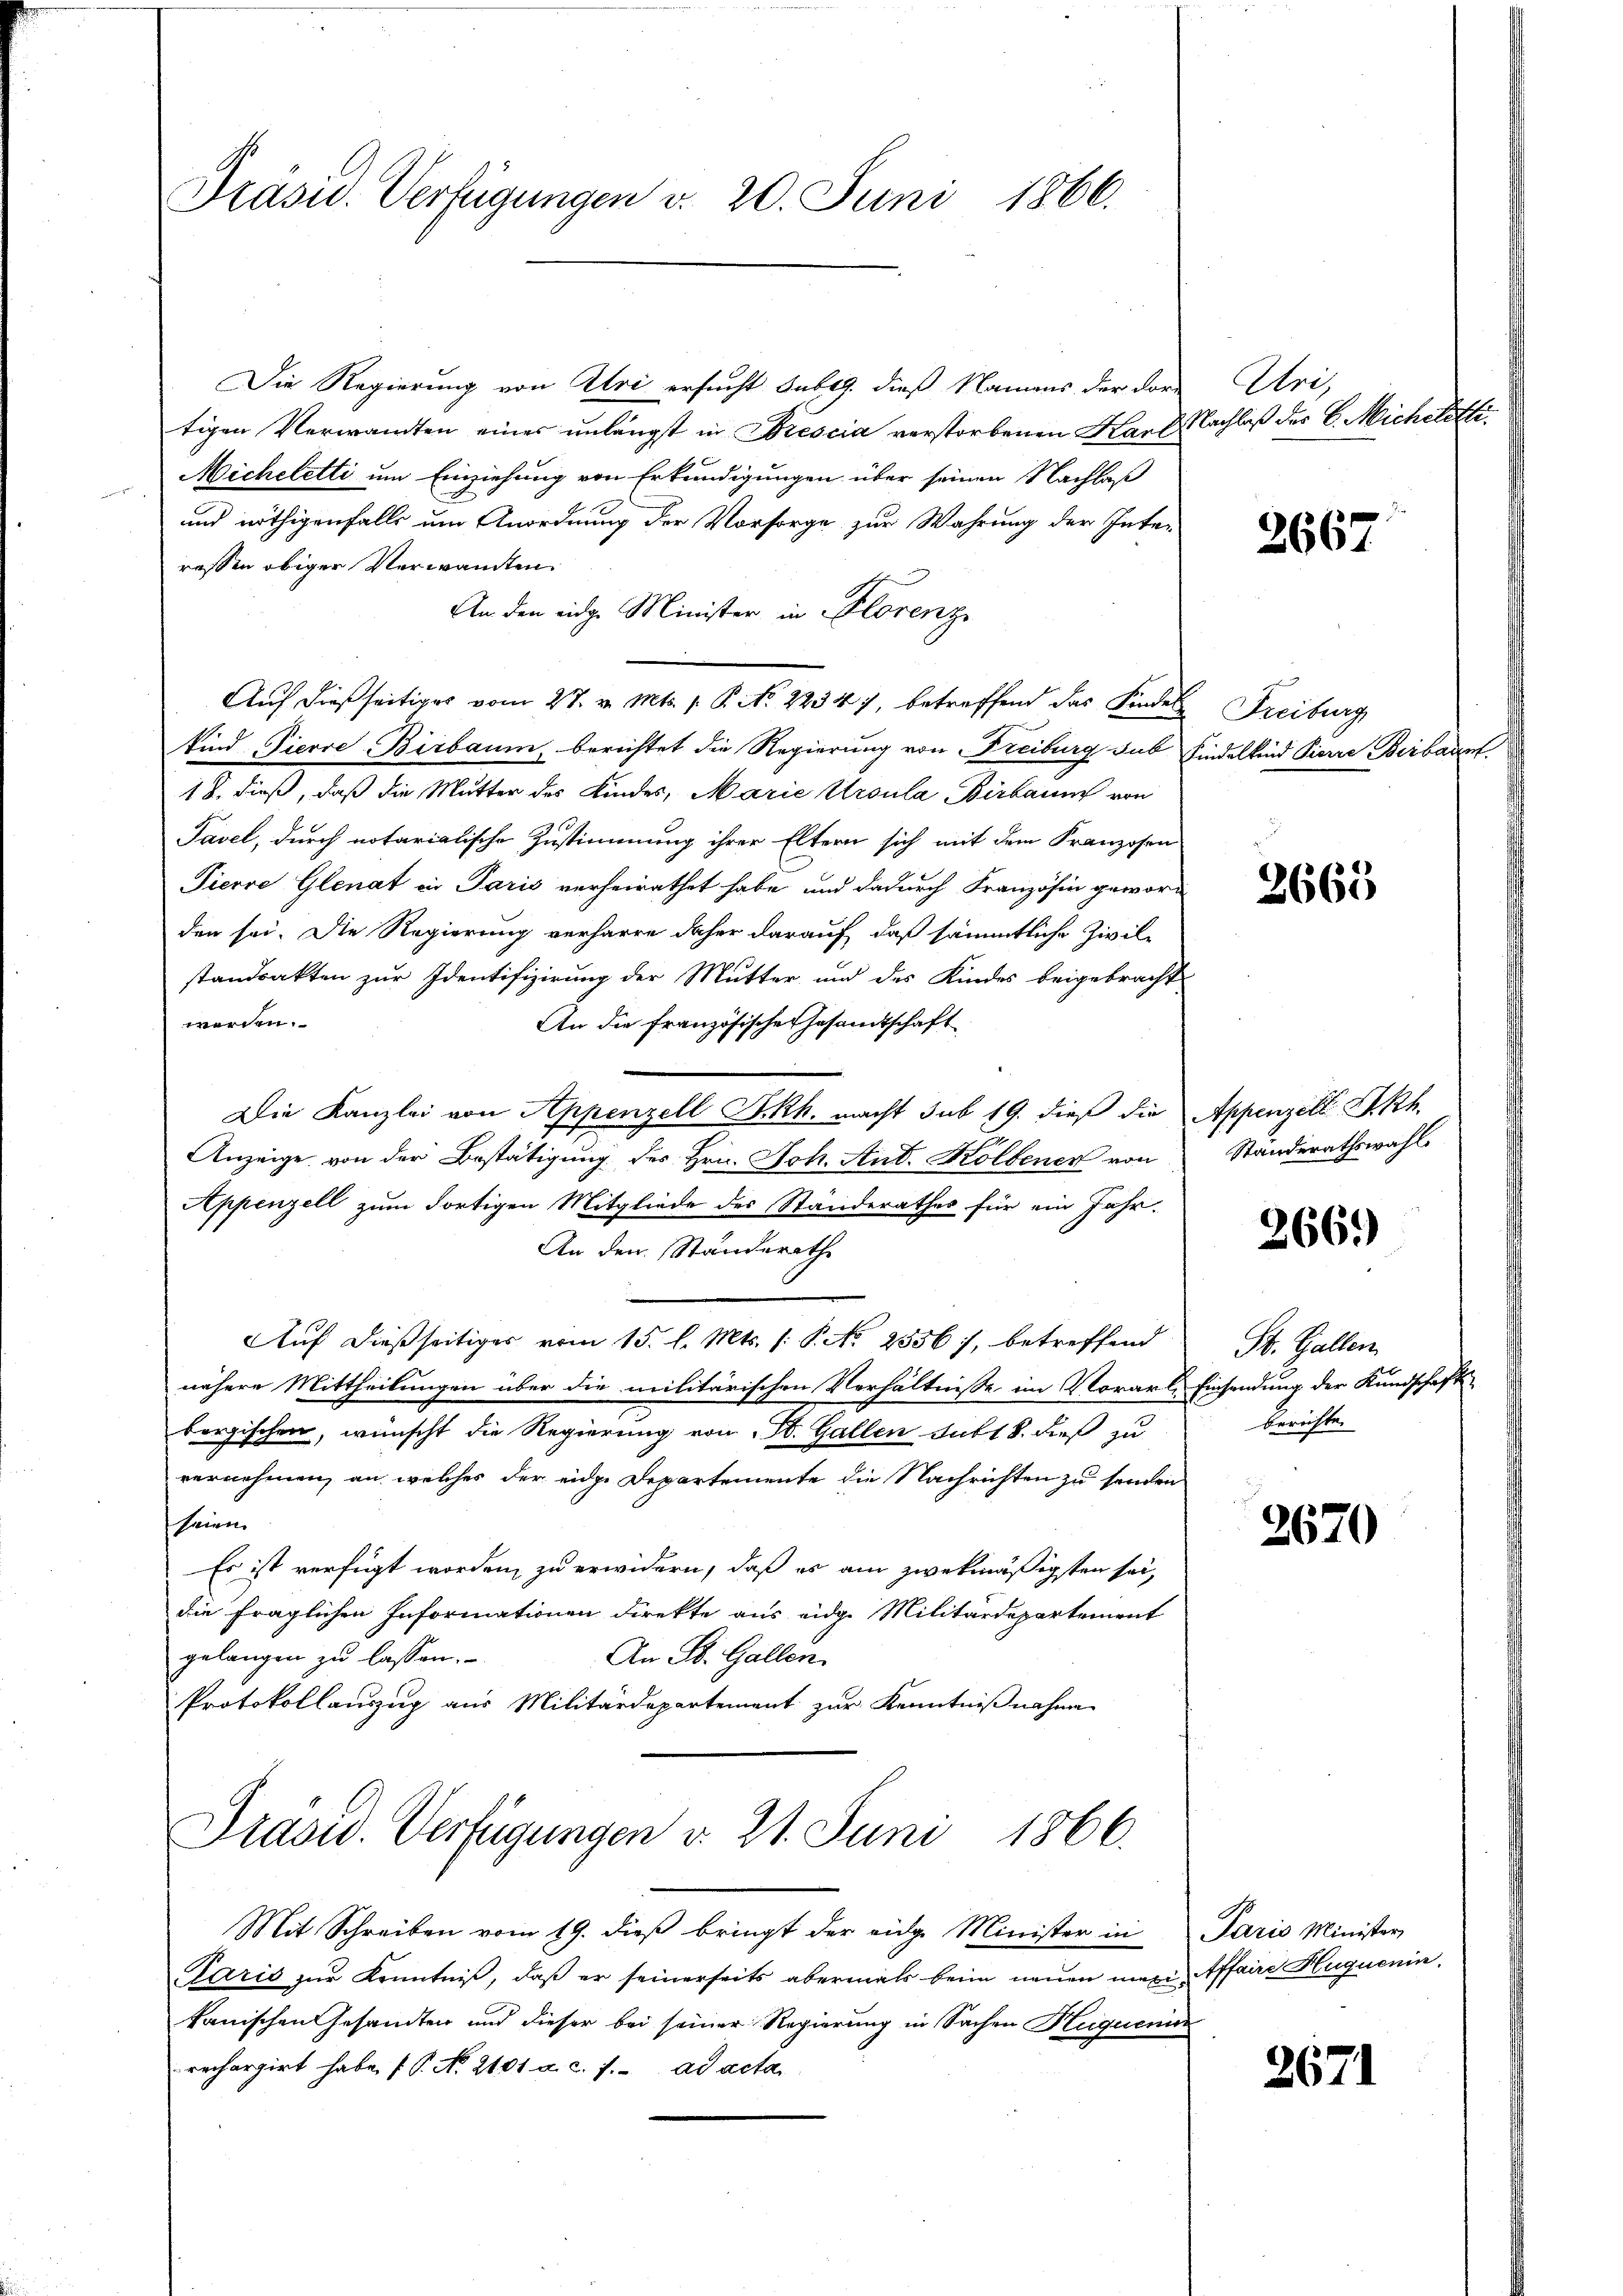
Präsid. Verfügungen d. 20. Juni 1866.

Die Regierung von Uri ersucht sub 19. dieß Namens der dor-
tigen Verwandten eines unlängst in Drescia verstorbenen Karl Nachlaß des C. Micheletz
Micheletti um Einziehung von Erkundigungen über seinen Nachlaß
und nöthigenfalls um Anordnung der Vorsorge zur Wahrung der Inte-
ressen obiger Verwandten.
An den eidge Minister in Florenz
Auf dießseitiges vom 27. v. Mts. 1. P. No 2234), betreffend das Kindes
kind Pierre-Birbaum, berichtet die Regierung von Freiburg sub findelkind Pierre Berbaum
18. dieß, daß die Mutter des Kindes, Marie Ursula Barbaum von
Pavel, durch notarialische Zustimmung ihrer Eltern sich mit dem Franzosen
Pierre Glenat in Paris verheirathet habe, und dadurch Französin geworden sei. Die Regierung verharre daher darauf, daß sämmtliche Zivil-
standsakten zur Identifizirung der Mutter und des Kindes beigebracht
werden.
An die französischen Gesamtschaft
Die Kanzlei von Appenzell I.Rh. macht sub 19. dieß die Appenzell Akh.
Anzeige von der Bestätigung des Hrn. Joh. Ant. Kolbenen von
Appenzell zum Fortigen Mitgliede des Standerathes für ein Jahr-
An den Ständerath
Auf dießseitiges vom 15. l. Mts. (: P. No 2356), betreffend
nähere Mittheilungen über die militärischen Verhältnisse im Vorarl, Einsendung der Kundschafts-
bergischen, wünscht die Regierung von St. Gallen subt 8. dieß zu
vernehmen, an, welches der eidge Departemente die Nachrichten zu senden
seien.
Es ist verfügt worden, zu erwidern, daß es am zwekmäßigsten sei,
die fraglichen Informationen direkte aus eidg. Militärdepartement
gelangen zu lassen.
An St. Gallen.
Protokollauszug aus Militärdepartement zur Kenntnißnahme
Trasw. Verfügungen v. 21. Juni 1866.

Mit Schreiben vom 19. dieß bringt der eidge Minister in Paris Minister
Paris zur Kenntniß, daß er seinerseits abermals beim neuen mein Affaire Huguenin
kanischen Gesandten und dieser bei seiner Regierung in Sachen Heiquenin
rechargirt habe (T. No. 2101. a. c. f. ad acta

Uri,

2667.

Freiburg

3665

Standerathswahl.

266)

St. Gallen.
berichte.

2670

267.